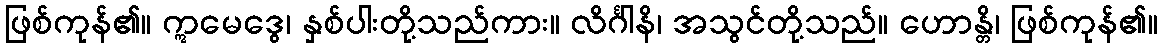
ဖြစ်ကုန်၏။ ဣမေဒွေ၊ နှစ်ပါးတို့သည်ကား။ လိင်္ဂါနိ၊ အသွင်တို့သည်။ ဟောန္တိ၊ ဖြစ်ကုန်၏။